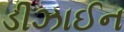
ડીઝાઈન